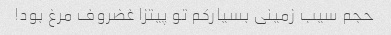
حجم سیب زمینی بسیار‌کم تو پیتزا غضروف مرغ بود!